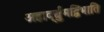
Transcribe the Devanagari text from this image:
अहार्द्द्युमद्विभाति